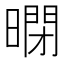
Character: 𱢤